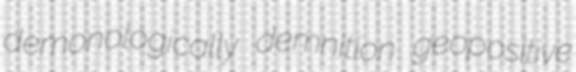
demonologically demnition geopositive